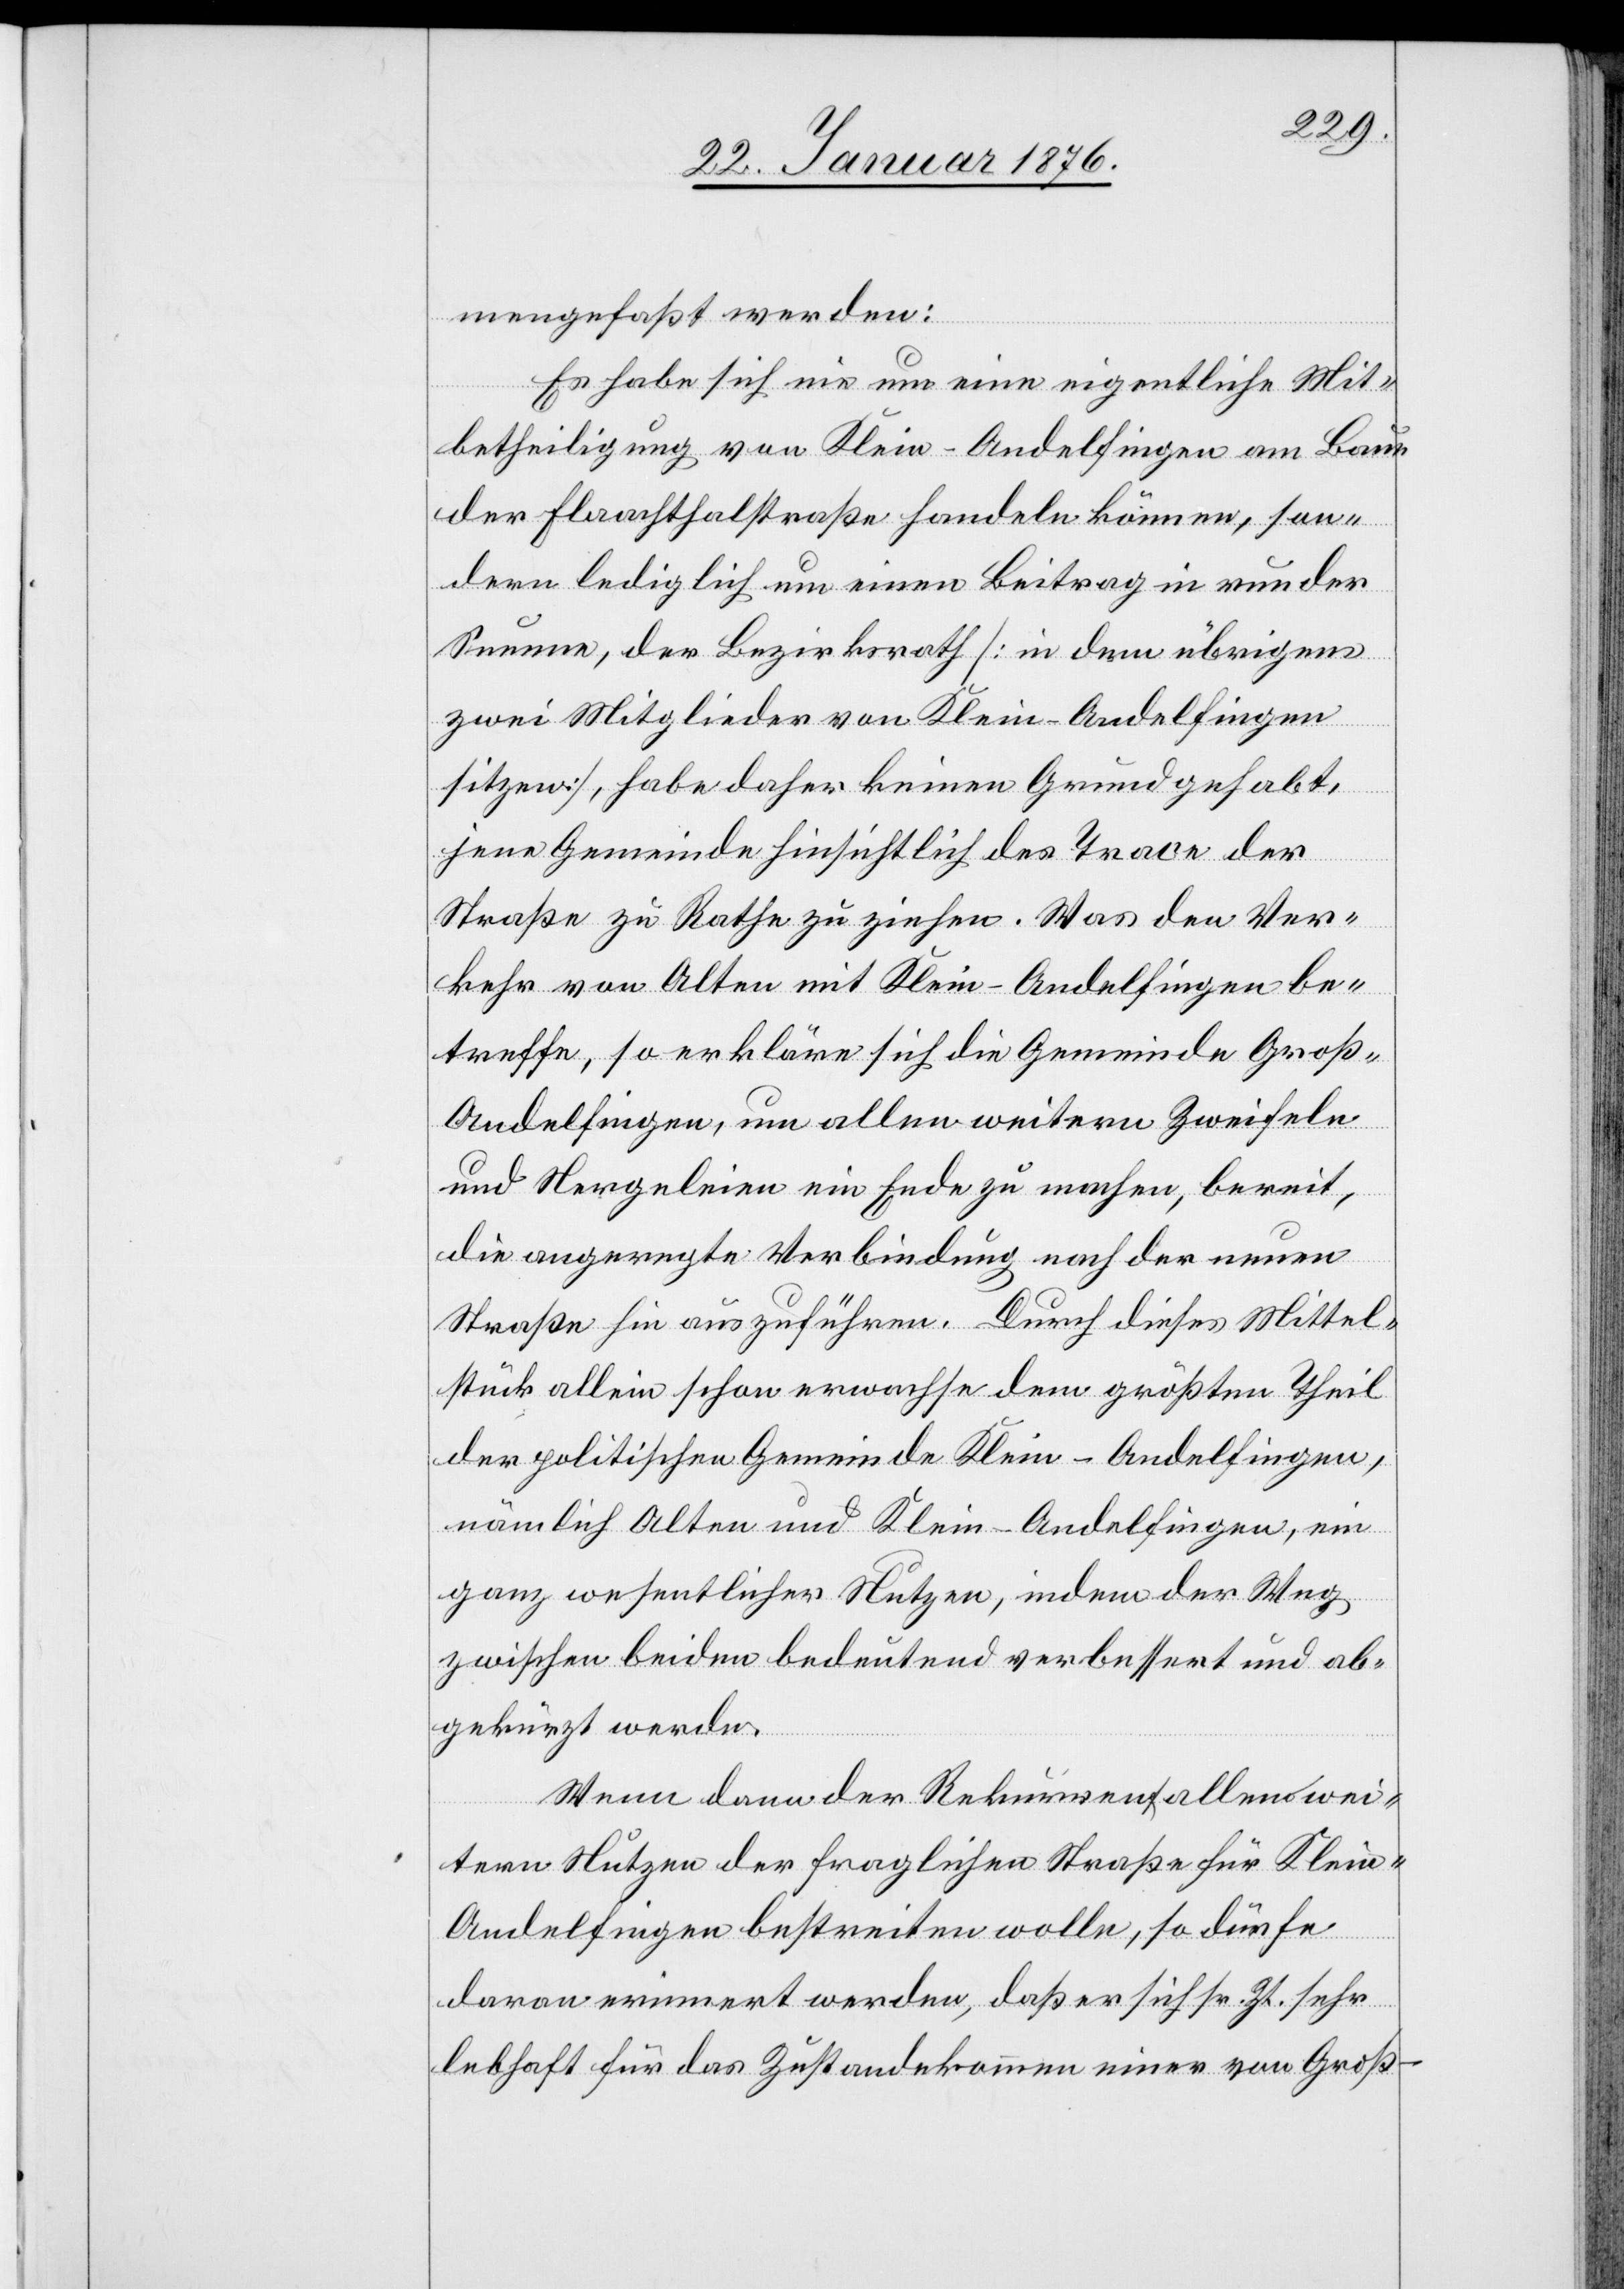
mengefaßt werden:
Es habe sich nie um eine eigentliche Mit¬
betheiligung von Klein-Andelfingen am Baue
der Flaachthalstraße handeln können, son¬
dern lediglich um einen Beitrag in runder
Summe, der Bezirksrath [in dem übrigens
zwei Mitglieder von Klein-Andelfingen
sitzen], habe daher keinen Grund gehabt,
jene Gemeinde hinsichtlich des Trace der
Straße zu Rathe zu ziehen. Was den Ver¬
kehr von Alten mit Klein-Andelfingen be¬
treffe, so erkläre sich die Gemeinde Groß-A¬
ndelfingen, um allen weitern Zweifeln
und Nergeleien ein Ende zu machen, bereit,
die angeregte Verbindung nach der neuen
Straße hin auszuführen. Durch dieses Mittel¬
stück allein schon erwachse dem größten Theil
der politischen Gemeinde Klein-Andelfingen,
nämlich Alten und Klein-Andelfingen, ein
ganz wesentlicher Nutzen, indem der Weg
zwischen beiden bedeutend verbessert und ab¬
gekürzt werde.
Wenn dann der Rekurrent allen wei¬
tern Nutzen der fraglichen Straße für Klein-A¬
ndelfingen bestreiten wolle, so dürfe
daran erinnert werden, daß er sich sr. Zt. sehr
lebhaft für das Zustandkommen einer von Groß-